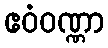
ဧဝံဝဏ္ဏာ